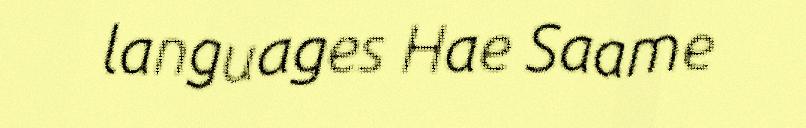
languages Hae Saame